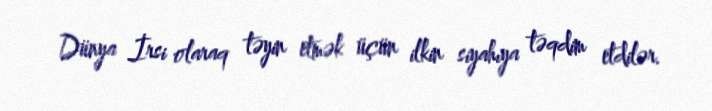
Dünya İrsi olaraq təyin etmək üçün ilkin siyahıya təqdim etdilər.